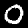
Label: 0